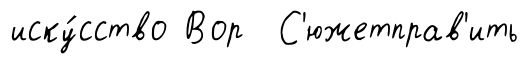
иску́сство Вор С'южетправ'ить